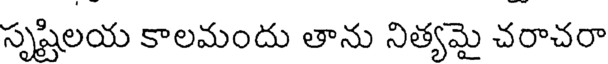
సృష్టిలయ కాలమందు తాను నిత్యమై చరాచరా